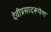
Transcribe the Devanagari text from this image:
देवीप्रसादरूपेण